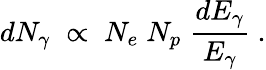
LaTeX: dN_{\gamma}\; \propto\; N_{e}\; N_{p}\; {\frac{dE_{\gamma}}{E_{\gamma}}}\ .